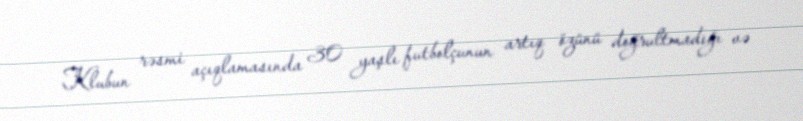
Klubun rəsmi açıqlamasında 30 yaşlı futbolçunun artıq özünü doğrultmadığı və